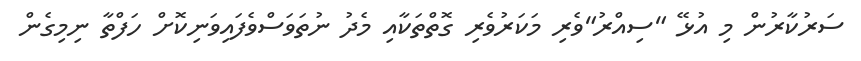
ސަރުކާރުން މި އުޅޭ "ސިއްރު"ވެރި މަކަރުވެރި ގޮތްތަކާއި މެދު ނުތަވަސްވެފައިވަނިކޮށް ހަފްތާ ނިމިގެން